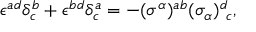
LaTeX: \epsilon ^ { a d } \delta _ { c } ^ { b } + \epsilon ^ { b d } \delta _ { c } ^ { a } = - ( \sigma ^ { \alpha } ) ^ { a b } ( \sigma _ { \alpha } ) _ { ~ c } ^ { d } ,